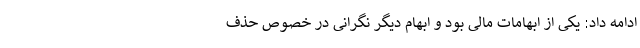
ادامه داد: یکی از ابهامات مالی بود و ابهام دیگر نگرانی در خصوص حذف